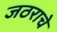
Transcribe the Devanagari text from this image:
जठराचे